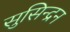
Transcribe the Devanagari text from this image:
सुसिन्द्रन